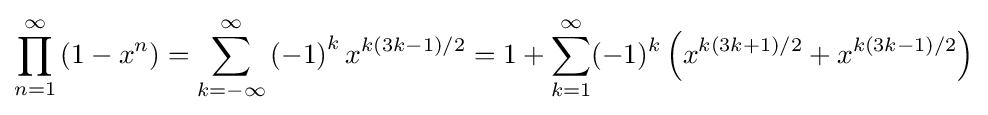
\prod _{n=1}^{\infty }\left(1-x^{n}\right)=\sum _{k=-\infty }^{\infty }\left(-1\right)^{k}x^{k\left(3k-1\right)/2}=1+\sum _{k=1}^{\infty }(-1)^{k}\left(x^{k(3k+1)/2}+x^{k(3k-1)/2}\right)